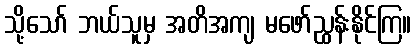
သို့သော် ဘယ်သူမှ အတိအကျ မဖော်ညွှန်းနိုင်ကြ။